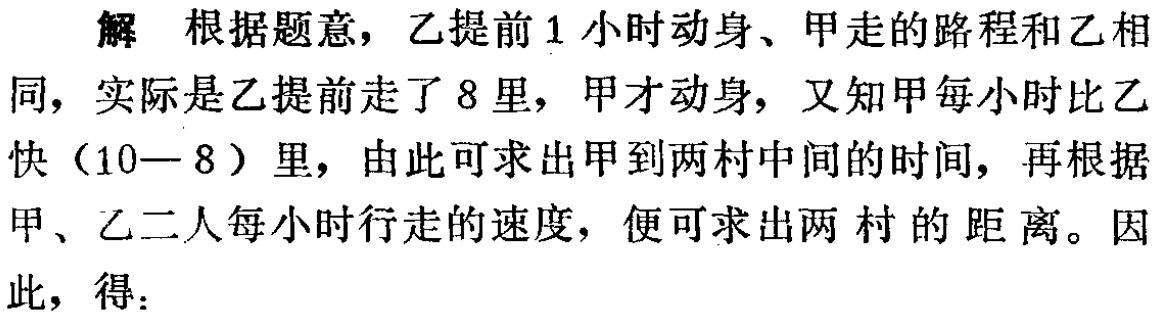
解 根据题意，乙提前1小时动身、甲走的路程和乙相同，实际是乙提前走了8里，甲才动身，又知甲每小时比乙快（10—8）里，由此可求出甲到两村中间的时间，再根据甲、乙二人每小时行走的速度，便可求出两 村的距离。因此，得：